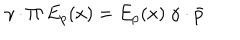
\gamma \cdot \Pi ~ E _ { p } ( x ) = E _ { p } ( x ) ~ \gamma \cdot \bar { p }